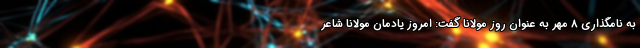
به نامگذاری ۸ مهر به عنوان روز مولانا گفت: امروز یادمان مولانا شاعر